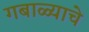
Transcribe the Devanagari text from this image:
गबाळ्याचे